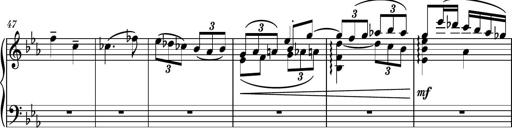
Title: Piano Sonatina No.5
Composer: Dimitri Sykias
Key: C minor